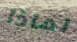
لماذا